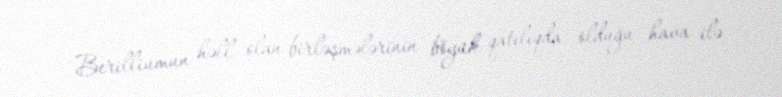
Berilliumun həll olan birləşmələrinin böyük qatılıqda olduğu hava ilə